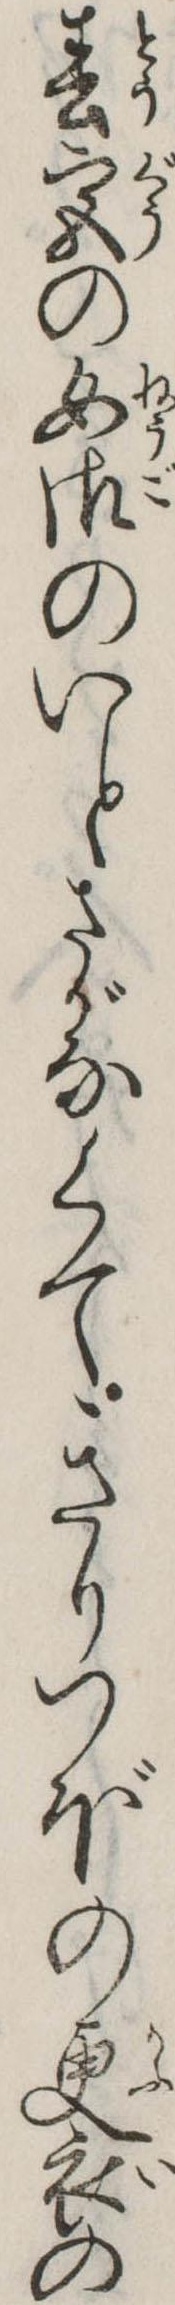
春宮の女御のいとさがなくてきりつぼの更衣の